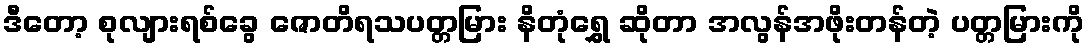
ဒီတော့ စုလျားရစ်ခွေ ဇောတိရသပတ္တမြား နိတုံရွှေ ဆိုတာ အလွန်အဖိုးတန်တဲ့ ပတ္တမြားကို